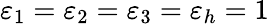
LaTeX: \varepsilon_{1}=\varepsilon_{2}=\varepsilon_{3}=\varepsilon_{h}=1